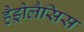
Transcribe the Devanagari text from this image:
हैड्रोलैसिस